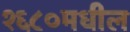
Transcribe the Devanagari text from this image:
१६८०मधील